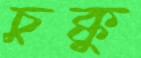
চুক্কু